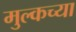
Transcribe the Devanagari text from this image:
मुल्कच्या